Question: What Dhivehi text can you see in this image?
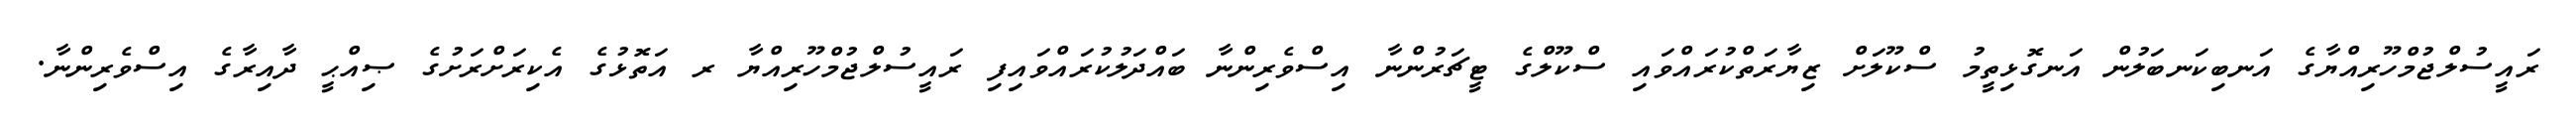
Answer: ރައީސުލްޖުމްހޫރިއްޔާގެ އަނބިކަނބަލުން އަނގޮޅިތީމު ސްކޫލަށް ޒިޔާރަތްކުރައްވައި ސްކޫލްގެ ޓީޗަރުންނާ އިސްވެރިންނާ ބައްދަލުކުރައްވައިފި ރައީސުލްޖުމްހޫރިއްޔާ ރ އަތޮޅުގެ އެކިރަށްރަށުގެ ޞިއްޙީ ދާއިރާގެ އިސްވެރިންނާ.